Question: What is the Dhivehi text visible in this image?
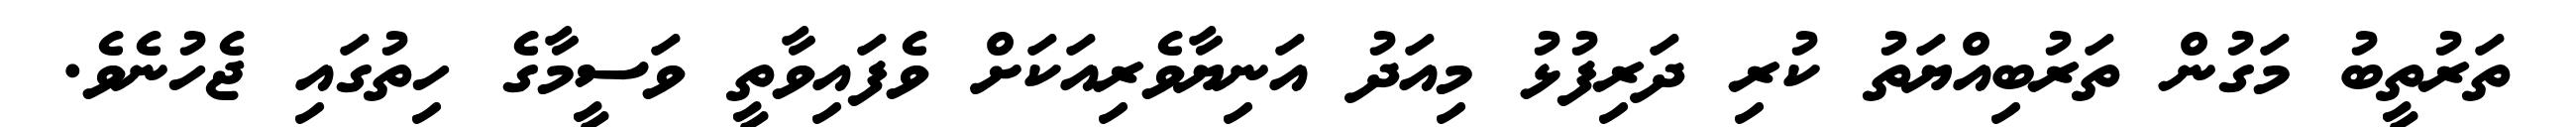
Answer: ތަރުތީބު މަގުން ތަރުބިއްޔަތު ކުރި ދަރިފުޅު މިއަދު އަނިޔާވެރިއަކަށް ވެފައިވާތީ ވަސީމާގެ ހިތުގައި ޖެހުނެވެ.